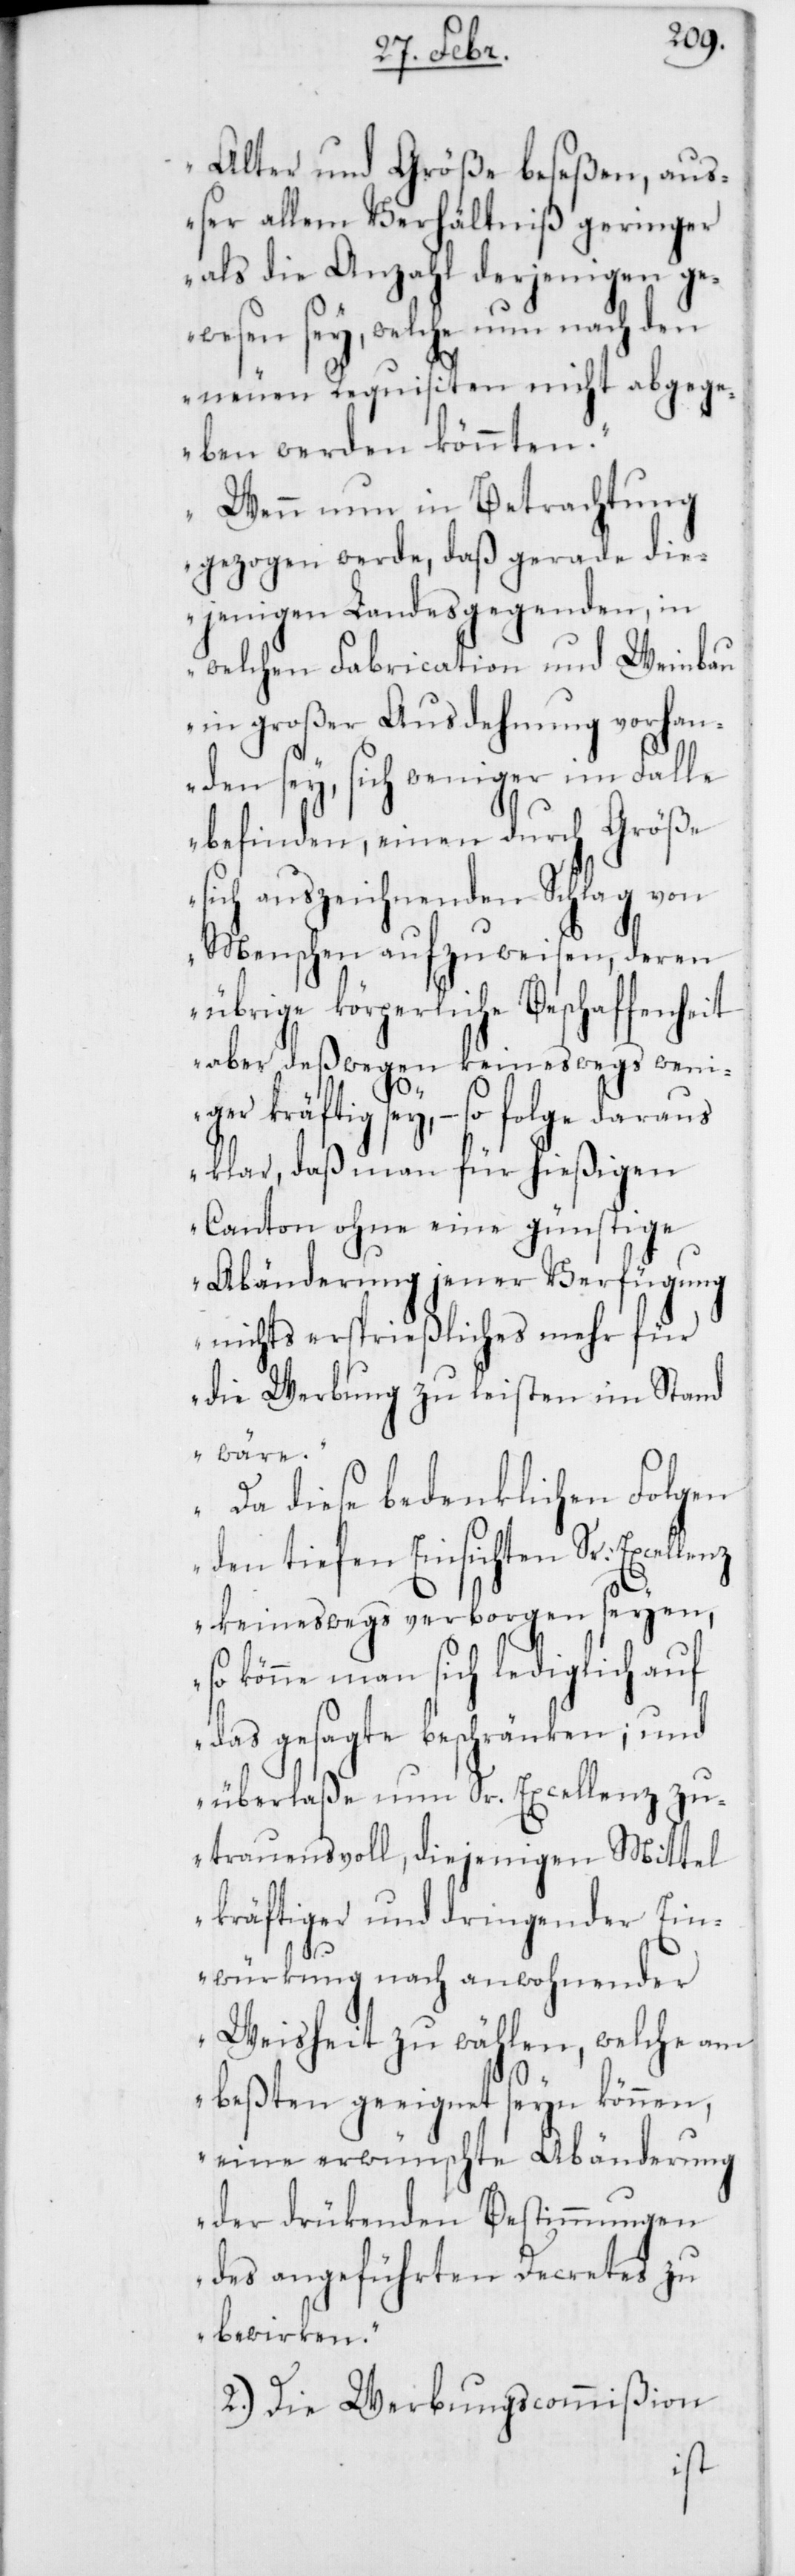
Alter und Größe beseßen, auß¬
er allem Verhältniß geringer
als die Anzahl derjenigen ge¬
wesen sey, welche nun nach den
neuen Requisiten nicht abgege¬
ben werden könnten.
Wenn nun in Betrachtung
gezogen werde, daß gerade die¬
jenigen Landesgegenden, in
welchen Fabrication und Weinbau
in großer Ausdehnung vorhan¬
den sey, sich weniger im Falle
befinden, einen durch Größe
sich auszeichnenden Schlag von
Menschen aufzuweisen, deren
übrige körperliche Beschaffenheit
aber deßwegen keineswegs wen¬
iger kräftig sey, – so folge daraus
klar, daß man für hießigen
Canton ohne eine günstige
Abänderung jener Verfügung
nichts ersprießliches mehr für
die Werbung zu leisten im Stand
würkung
Da diese bedenklichen Folgen
den tiefen Einsichten Sr.
keineswegs verborgen seyen
so könne man sich lediglich auf
das gesagte beschränken; und
überlaße nun Sr. Excellenz zu¬
trauensvoll, diejenigen Mittel
kräftiger und dringender Ein¬
Weisheit zu wählen, welche am
beßten geeignet seyn können,
eine erwünschte Abänderung
der drükenden Bestimmungen
des angeführten Decretes zu
bewirken.“
2.) Die Werbungscommißion